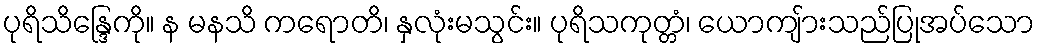
ပုရိသိန္ဒြေကို။ န မနသိ ကရောတိ၊ နှလုံးမသွင်း။ ပုရိသကုတ္တံ၊ ယောကျ်ားသည်ပြုအပ်သော